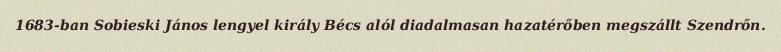
1683-ban Sobieski János lengyel király Bécs alól diadalmasan hazatérőben megszállt Szendrőn.